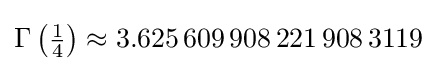
\Gamma \left({\tfrac {1}{4}}\right)\approx 3.625\,609\,908\,221\,908\,3119